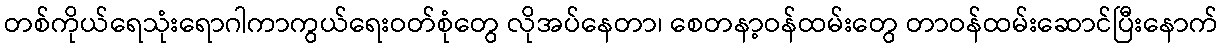
တစ်ကိုယ်ရေသုံးရောဂါကာကွယ်ရေးဝတ်စုံတွေ လိုအပ်နေတာ၊ စေတနာ့ဝန်ထမ်းတွေ တာဝန်ထမ်းဆောင်ပြီးနောက်